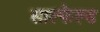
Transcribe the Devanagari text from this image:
साल्फेल्ड